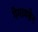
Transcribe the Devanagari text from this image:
गेमाक्सेन